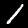
Digit: 1